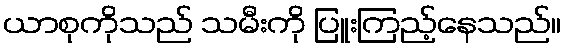
ယာစုကိုသည် သမီးကို ပြူးကြည့်နေသည်။